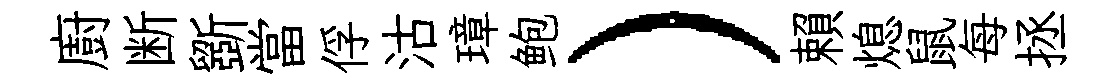
廚断斵當俘沽璋鲍）賴熄鼠每拯